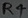
Text: R4